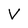
Character: V